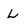
Character: L